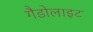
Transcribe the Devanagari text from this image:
गैडोलाइट